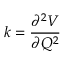
k = { \frac { \partial ^ { 2 } V } { \partial Q ^ { 2 } } }